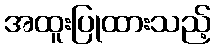
အထူးပြုထားသည့်